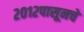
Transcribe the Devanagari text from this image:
२०१२पासूनचे